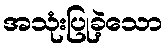
အသုံးပြုခဲ့သော